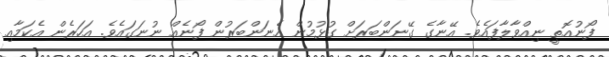
ފޯނުއޮތީ ނިއްވާލާފައެވެ. އޭނާގެ ގޭނަންބަރަށް ގުޅުމުން އެނަންބަރުން ފޯނެއް ނުނަގައެވެ. އަހަރެން އެކަމާއި